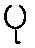
ပု